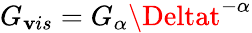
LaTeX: G_{\mathbf{v}is}=G_{\alpha}\Deltat^{-\alpha}